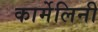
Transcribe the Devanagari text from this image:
कार्मेलिनी